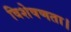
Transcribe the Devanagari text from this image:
विशेषणता।